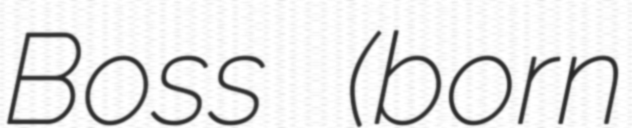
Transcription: Boss (born